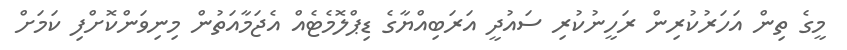
މީގެ ތިން އަހަރުކުރިން ރަހީނުކުރި ސައުދީ އަރަބިއްޔާގެ ޑިޕްލޮމެޓެއް އެޖަމާއަތުން މިނިވަންކޮށްފި ކަމަށް